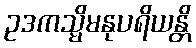
ဥဒကသ္မိမနုပရိယန္တိ